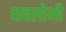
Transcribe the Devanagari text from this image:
धनलोभी